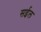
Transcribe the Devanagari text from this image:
सईल